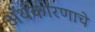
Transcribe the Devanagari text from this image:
अर्थकारणाचे